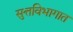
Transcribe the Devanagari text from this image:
सुत्तविभागात